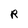
Character: R